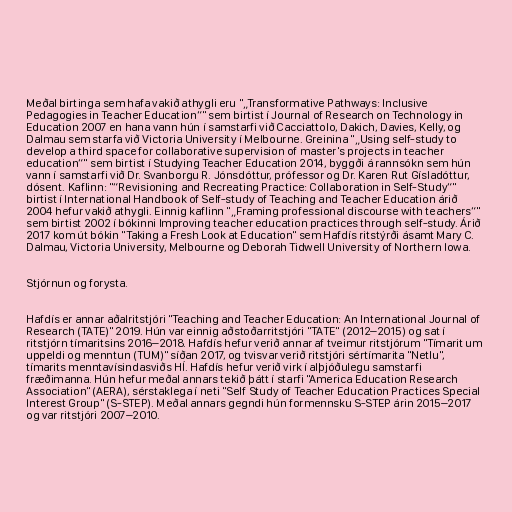
Meðal birtinga sem hafa vakið athygli eru "„Transformative Pathways: Inclusive
Pedagogies in Teacher Education“" sem birtist í Journal of Research on Technology in
Education 2007 en hana vann hún í samstarfi við Cacciattolo, Dakich, Davies, Kelly, og
Dalmau sem starfa við Victoria University í Melbourne. Greinina "„Using self-study to
develop a third space for collaborative supervision of master's projects in teacher
education“" sem birtist í Studying Teacher Education 2014, byggði á rannsókn sem hún
vann í samstarfi við Dr. Svanborgu R. Jónsdóttur, prófessor og Dr. Karen Rut Gísladóttur,
dósent. Kaflinn: "“Revisioning and Recreating Practice: Collaboration in Self-Study“"
birtist í International Handbook of Self-study of Teaching and Teacher Education árið
2004 hefur vakið athygli. Einnig kaflinn "„Framing professional discourse with teachers“"
sem birtist 2002 í bókinni Improving teacher education practices through self-study. Árið
2017 kom út bókin "Taking a Fresh Look at Education" sem Hafdís ritstýrði ásamt Mary C.
Dalmau, Victoria University, Melbourne og Deborah Tidwell University of Northern Iowa.

Stjórnun og forysta.

Hafdís er annar aðalritstjóri "Teaching and Teacher Education: An International Journal of
Research (TATE)" 2019. Hún var einnig aðstoðarritstjóri "TATE" (2012–2015) og sat í
ritstjórn tímaritsins 2016–2018. Hafdís hefur verið annar af tveimur ritstjórum "Tímarit um
uppeldi og menntun (TUM)" síðan 2017, og tvisvar verið ritstjóri sértímarita "Netlu",
tímarits menntavísindasviðs HÍ. Hafdís hefur verið virk í alþjóðulegu samstarfi
fræðimanna. Hún hefur meðal annars tekið þátt í starfi "America Education Research
Association" (AERA), sérstaklega í neti "Self Study of Teacher Education Practices Special
Interest Group" (S-STEP). Meðal annars gegndi hún formennsku S-STEP árin 2015–2017
og var ritstjóri 2007–2010.